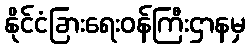
နိုင်ငံခြားရေးဝန်ကြီးဌာနမှ